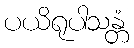
ပယိရုပါသန္တံ